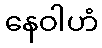
နေဝါဟံ